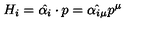
H _ { i } = \hat { \alpha _ { i } } \cdot p = \hat { \alpha _ { i \mu } } p ^ { \mu }